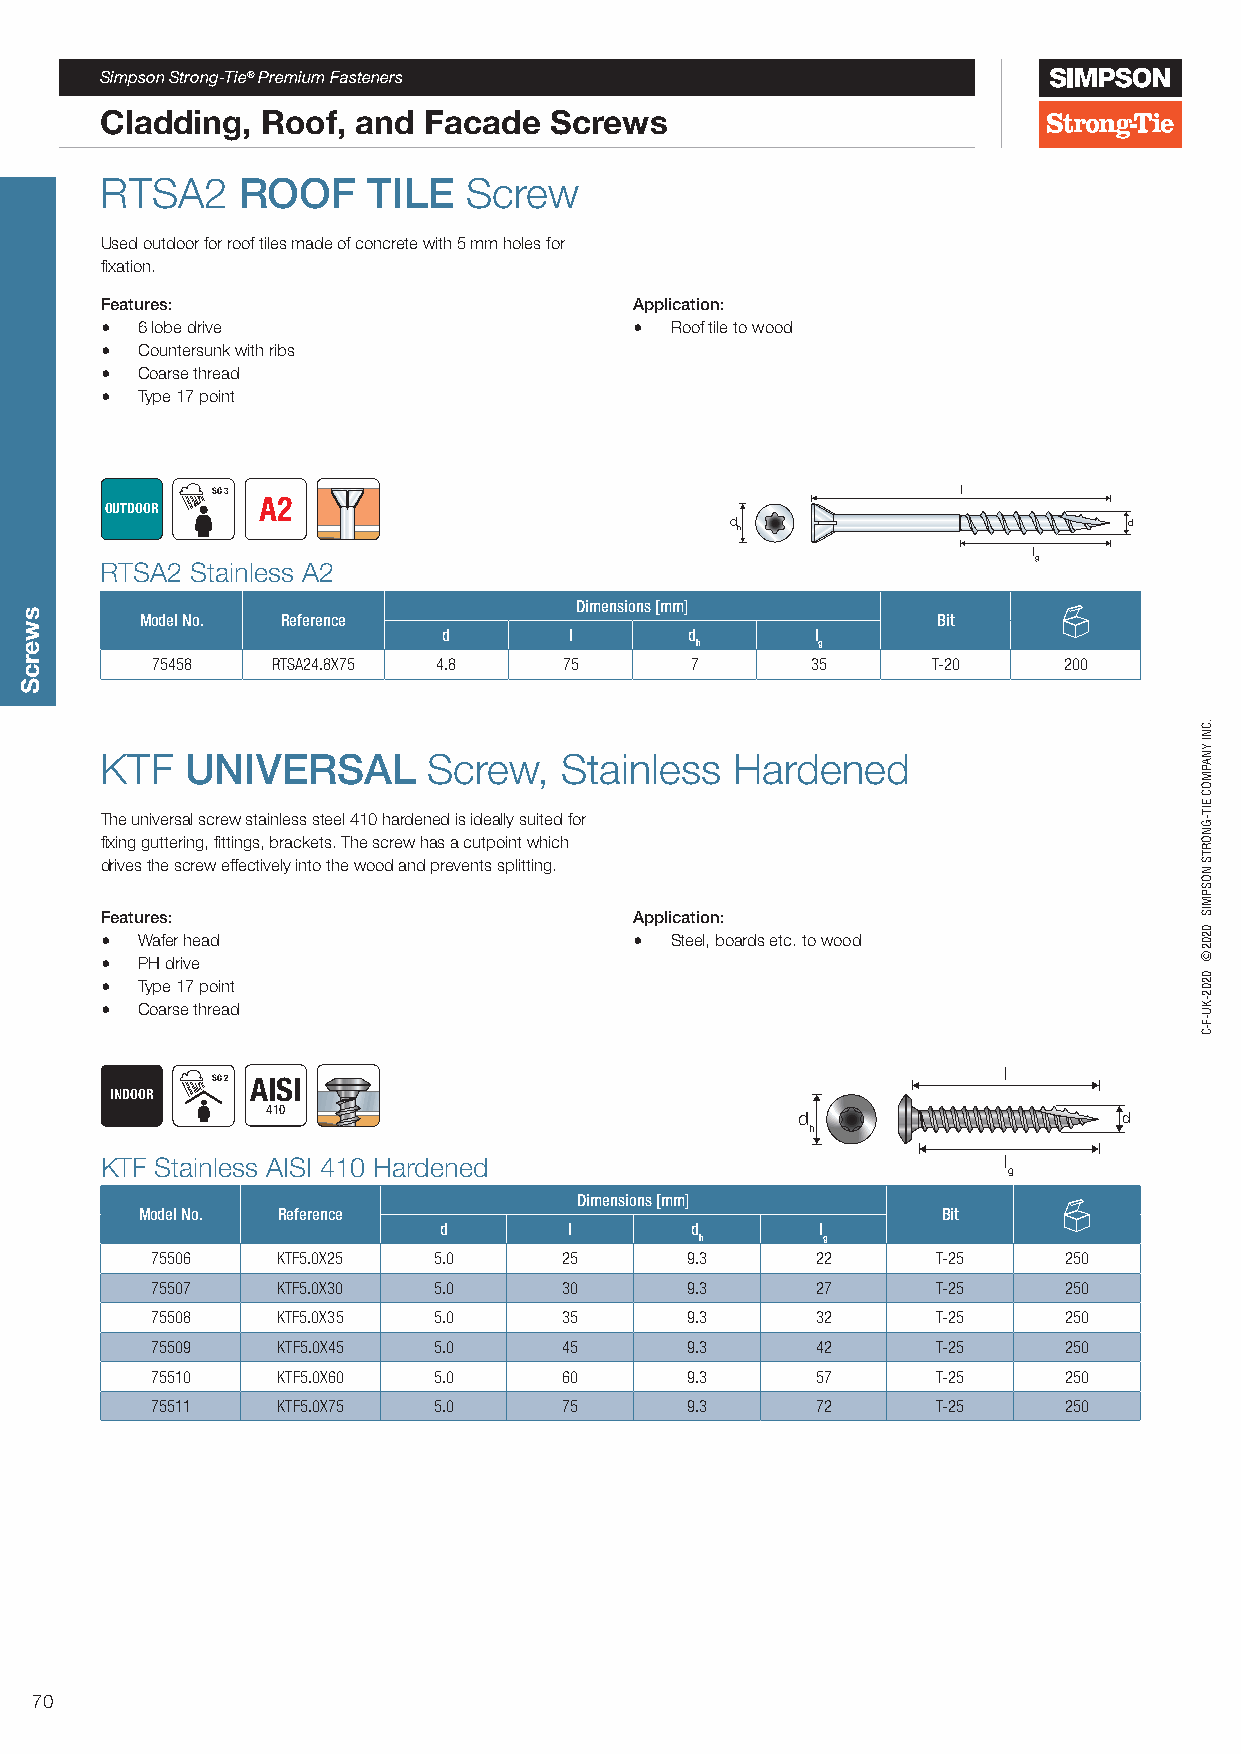
Simpson Strong-Tie® Premium Fasteners
 Cladding, Roof,  and Facade  Screws
 RTSA2    ROOF    TILE   Screw
 Used outdoor for roof tiles made of concrete with 5 mm holes for
 fixation.
 Features:                          Application:
 • 6 lobe drive                     • Roof tile to wood
 • Countersunk with ribs
 • Coarse thread
 • Type 17 point
 SC 3                                              l
 OUTDOOR   A2
 d h                        d
 l
 g
 RTSA2 Stainless A2
 Dimensions [mm]
 Model No. Reference                                  Bit
 d        l       d       l
 h       g
 75458   RTSA24.8X75 4.8    75       7       35      T-20    200
 KTF  UNIVERSAL       Screw,   Stainless  Hardened
 The universal screw stainless steel 410 hardened is ideally suited for
 fixing guttering, fittings, brackets. The screw has a cutpoint which
 drives the screw effectively into the wood and prevents splitting.
 Features:                          Application:
 • Wafer head                       • Steel, boards etc. to wood
 • PH drive
 • Type 17 point
 • Coarse thread
 l
 SC 2 AISI
 INDOOR
 410
 d                    d
 h
 KTF Stainless AISI 410 Hardened                            l
 g
 Dimensions [mm]
 Model No. Reference                                  Bit
 d        l       d       l
 h       g
 75506   KTF5.0X25  5.0     25      9.3      22      T-25    250
 75507   KTF5.0X30  5.0     30      9.3      27      T-25    250
 75508   KTF5.0X35  5.0     35      9.3      32      T-25    250
 75509   KTF5.0X45  5.0     45      9.3      42      T-25    250
 75510   KTF5.0X60  5.0     60      9.3      57      T-25    250
 75511   KTF5.0X75  5.0     75      9.3      72      T-25    250
 70
 swercS
 .CNI
 YNAPMOC
 EIT-GNORTS
 NOSPMIS
 0202©
 0202-KU-F-C